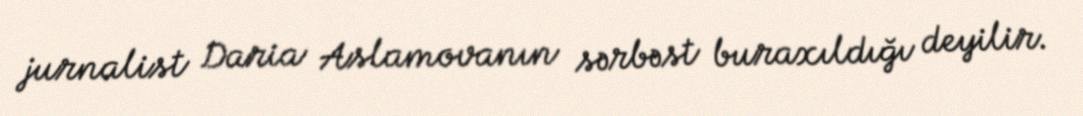
jurnalist Daria Aslamovanın sərbəst buraxıldığı deyilir.